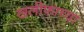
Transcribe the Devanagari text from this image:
खलीफाच्या